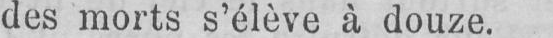
des morts s’élève à douze.